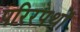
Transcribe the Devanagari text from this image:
परिरपथों